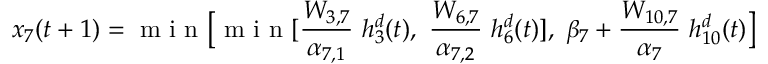
x _ { 7 } ( t + 1 ) = \mathrm { ~ m ~ i ~ n ~ } \bigl [ \mathrm { ~ m ~ i ~ n ~ } [ \frac { W _ { 3 , 7 } } { \alpha _ { 7 , 1 } } \mathrm { ~ } h _ { 3 } ^ { d } ( t ) , \mathrm { ~ } \frac { W _ { 6 , 7 } } { \alpha _ { 7 , 2 } } \mathrm { ~ } h _ { 6 } ^ { d } ( t ) ] , \mathrm { ~ } \beta _ { 7 } + \frac { W _ { 1 0 , 7 } } { \alpha _ { 7 } } \mathrm { ~ } h _ { 1 0 } ^ { d } ( t ) \bigr ]